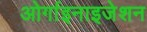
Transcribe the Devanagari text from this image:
ओर्गाइनाइजेशन